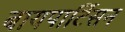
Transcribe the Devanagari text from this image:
बायपार्टिसन